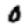
Digit: 0